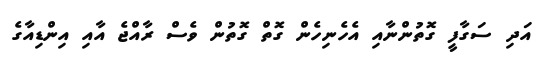
އަދި ސަގާފީ ގޮތުންނާއި އެހެނިހެން ގޮތް ގޮތުން ވެސް ރާއްޖެ އާއި އިންޑިއާގެ